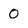
Character: 0